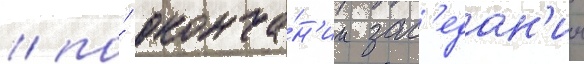
/ по́ оконча́н'ии зас'едан'ии